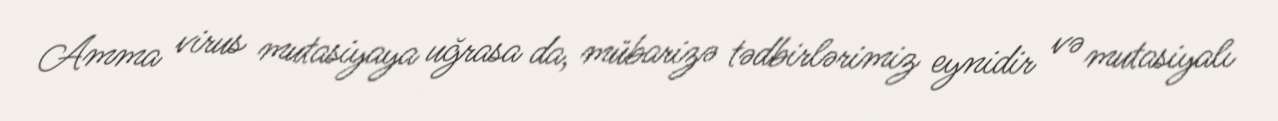
Amma virus mutasiyaya uğrasa da, mübarizə tədbirlərimiz eynidir və mutasiyalı